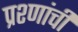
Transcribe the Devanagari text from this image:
प्रश्णांची